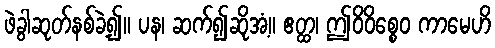
ဖဲခွါဆုတ်နစ်ခဲ့၍။ ပန၊ ဆက်၍ဆိုအံ့။ ဧတ္ထ၊ ဤဝိဝိစ္စေဝ ကာမေဟိ